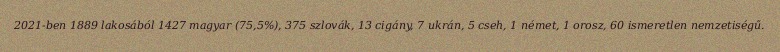
2021-ben 1889 lakosából 1427 magyar (75,5%), 375 szlovák, 13 cigány, 7 ukrán, 5 cseh, 1 német, 1 orosz, 60 ismeretlen nemzetiségű.